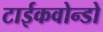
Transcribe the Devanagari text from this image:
टाईकवोन्डो